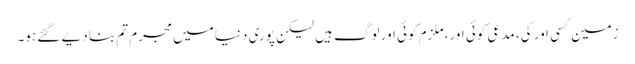
زمین کسی اور کی، مدعی کوئی اور، ملزم کوئی اور لوگ ہیں لیکن پوری دنیا میں مجرم تم بنا دیے گئے ہو۔